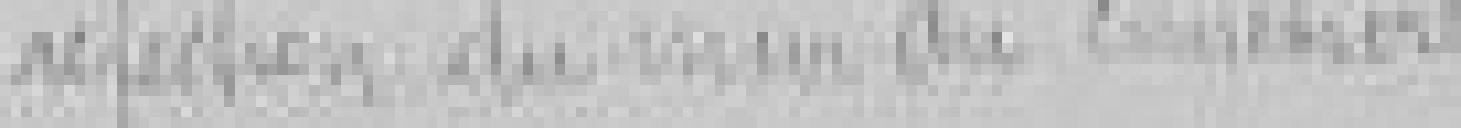
réfection du mur du cimetière